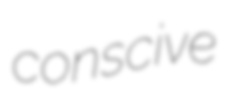
conscive